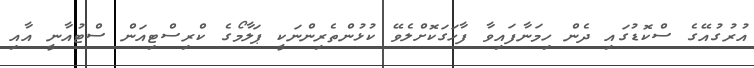
އުރުގުއޭގެ ސްކޮޑުގައި ދެން ހިމަނާފައިވާ ފާހަގަކޮށްލެވޭ ކުޅުންތެރިންނަކީ ޕަލާމޯގެ ކްރިސްޓިއަން ސްޓުއާނީ އާއި